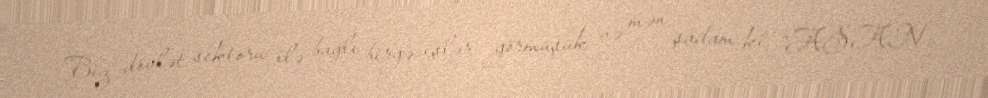
Biz dövlət sektoru ilə bağlı birgə işlər görmüşük və mən şadam ki, “ASAN